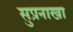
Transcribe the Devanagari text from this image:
सुप्रनाखा